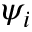
\psi _ { i }